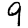
Digit: 9